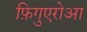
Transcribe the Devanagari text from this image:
फ़िगुएरोआ